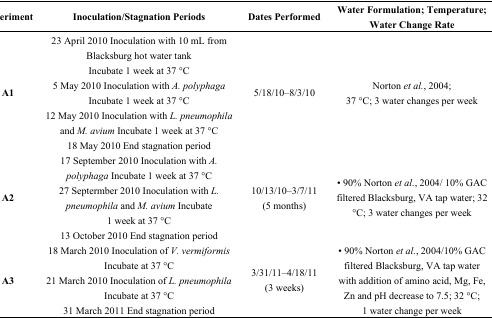
<table><thead><tr><td><b>Experiment</b></td><td><b>Inoculation/Stagnation Periods</b></td><td><b>Dates Performed</b></td><td><b>Water Formulation; Temperature; Water Change Rate</b></td></tr></thead><tbody><tr><td rowspan="4"><b>A1</b></td><td>23 April 2010 Inoculation with 10 mL from Blacksburg hot water tank Incubate 1 week at 37 °C</td><td rowspan="4">5/18/10–8/3/10</td><td rowspan="4">Norton <i>et al.</i>, 2004; 37 °C; 3 water changes per week</td></tr><tr><td>5 May 2010 Inoculation with <i>A. polyphaga</i> Incubate 1 week at 37 °C</td></tr><tr><td>12 May 2010 Inoculation with <i>L. pneumophila</i> and <i>M. avium</i> Incubate 1 week at 37 °C</td></tr><tr><td>18 May 2010 End stagnation period</td></tr><tr><td rowspan="3"><b>A2</b></td><td>17 September 2010 Inoculation with <i>A. polyphaga</i> Incubate 1 week at 37 °C</td><td rowspan="3">10/13/10–3/7/11 (5 months)</td><td rowspan="3">• 90% Norton <i>et al.</i>, 2004/ 10% GAC filtered Blacksburg, VA tap water; 32 °C; 3 water changes per week</td></tr><tr><td>27 Septermber 2010 Inoculation with <i>L. pneumophila</i> and <i>M. avium</i> Incubate 1 week at 37 °C</td></tr><tr><td>13 October 2010 End stagnation period</td></tr><tr><td rowspan="3"><b>A3</b></td><td>18 March 2010 Inoculation of <i>V. vermiformis</i> Incubate at 37 °C</td><td rowspan="3">3/31/11–4/18/11 (3 weeks)</td><td rowspan="3">• 90% Norton <i>et al.</i>, 2004/10% GAC filtered Blacksburg, VA tap water with addition of amino acid, Mg, Fe, Zn and pH decrease to 7.5; 32 °C; 1 water change per week</td></tr><tr><td>21 March 2010 Inoculation of <i>L. pneumophila</i> Incubate at 37 °C</td></tr><tr><td>31 March 2011 End stagnation period</td></tr></tbody></table>